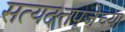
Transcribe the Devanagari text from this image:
सत्यदत्तपूजेच्या